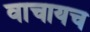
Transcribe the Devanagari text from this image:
वाचायच